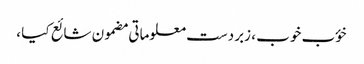
خؤب خوب ، زبردست معلوماتی مضمون شائع کیا ،